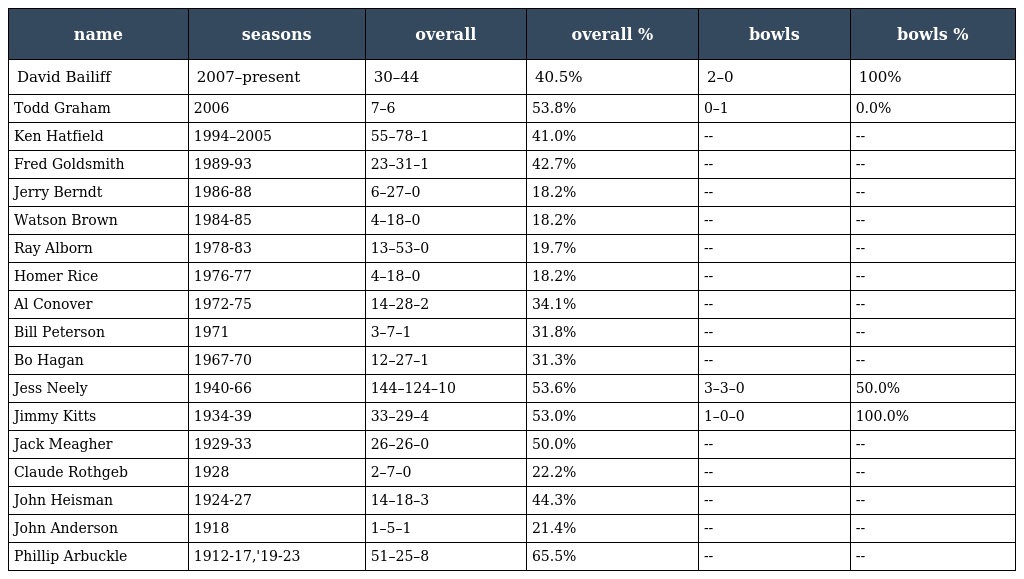
| name | seasons | overall | overall % | bowls | bowls % |
 | --- | --- | --- | --- | --- | --- |
 | David Bailiff | 2007–present | 30–44 | 40.5% | 2–0 | 100% |
 | Todd Graham | 2006 | 7–6 | 53.8% | 0–1 | 0.0% |
 | Ken Hatfield | 1994–2005 | 55–78–1 | 41.0% | -- | -- |
 | Fred Goldsmith | 1989-93 | 23–31–1 | 42.7% | -- | -- |
 | Jerry Berndt | 1986-88 | 6–27–0 | 18.2% | -- | -- |
 | Watson Brown | 1984-85 | 4–18–0 | 18.2% | -- | -- |
 | Ray Alborn | 1978-83 | 13–53–0 | 19.7% | -- | -- |
 | Homer Rice | 1976-77 | 4–18–0 | 18.2% | -- | -- |
 | Al Conover | 1972-75 | 14–28–2 | 34.1% | -- | -- |
 | Bill Peterson | 1971 | 3–7–1 | 31.8% | -- | -- |
 | Bo Hagan | 1967-70 | 12–27–1 | 31.3% | -- | -- |
 | Jess Neely | 1940-66 | 144–124–10 | 53.6% | 3–3–0 | 50.0% |
 | Jimmy Kitts | 1934-39 | 33–29–4 | 53.0% | 1–0–0 | 100.0% |
 | Jack Meagher | 1929-33 | 26–26–0 | 50.0% | -- | -- |
 | Claude Rothgeb | 1928 | 2–7–0 | 22.2% | -- | -- |
 | John Heisman | 1924-27 | 14–18–3 | 44.3% | -- | -- |
 | John Anderson | 1918 | 1–5–1 | 21.4% | -- | -- |
 | Phillip Arbuckle | 1912-17,'19-23 | 51–25–8 | 65.5% | -- | -- |